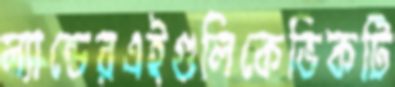
ল্যান্ডেরএইগুলিকেভিকটি